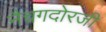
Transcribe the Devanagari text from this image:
नैचगदोरजी